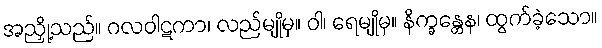
အညှို့သည်။ ဂလဝါဋကာ၊ လည်မျိုမှ။ ဝါ၊ ရေမျိုမှ။ နိက္ခန္တေန၊ ထွက်ခဲ့သော။